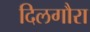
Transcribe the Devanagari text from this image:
दिलगौरा